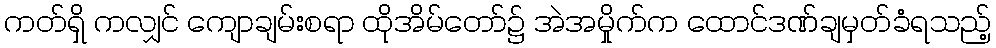
ကတ်ရှိ ကလျှင် ကျောချမ်းစရာ ထိုအိမ်တော်၌ အဲအမှိုက်က ထောင်ဒဏ်ချမှတ်ခံရသည့်